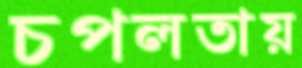
চপলতায়